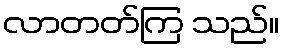
လာတတ်ကြ သည်။